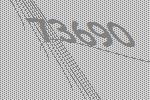
73690